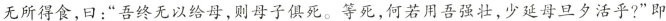
无所得食，曰：”吾终无以给母，则母子俱死。等死，何若用吾强壮，少延母旦夕活乎?”即